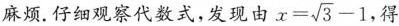
麻烦.仔细观察代数式，发现由$$x = \sqrt { 3 } - 1$$ 得